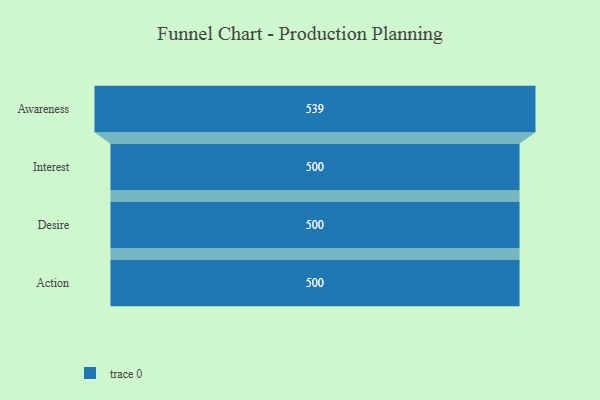
{"axis": {"x": "Stage", "y": "Value"}, "legend": [""], "data": [{"x": "Awareness", "y": 539.0, "type": ""}, {"x": "Interest", "y": 500, "type": ""}, {"x": "Desire", "y": 500, "type": ""}, {"x": "Action", "y": 500, "type": ""}]}